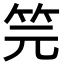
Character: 笎